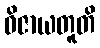
ဝိဇာယတူတိ